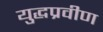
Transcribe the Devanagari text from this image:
युद्धप्रवीण